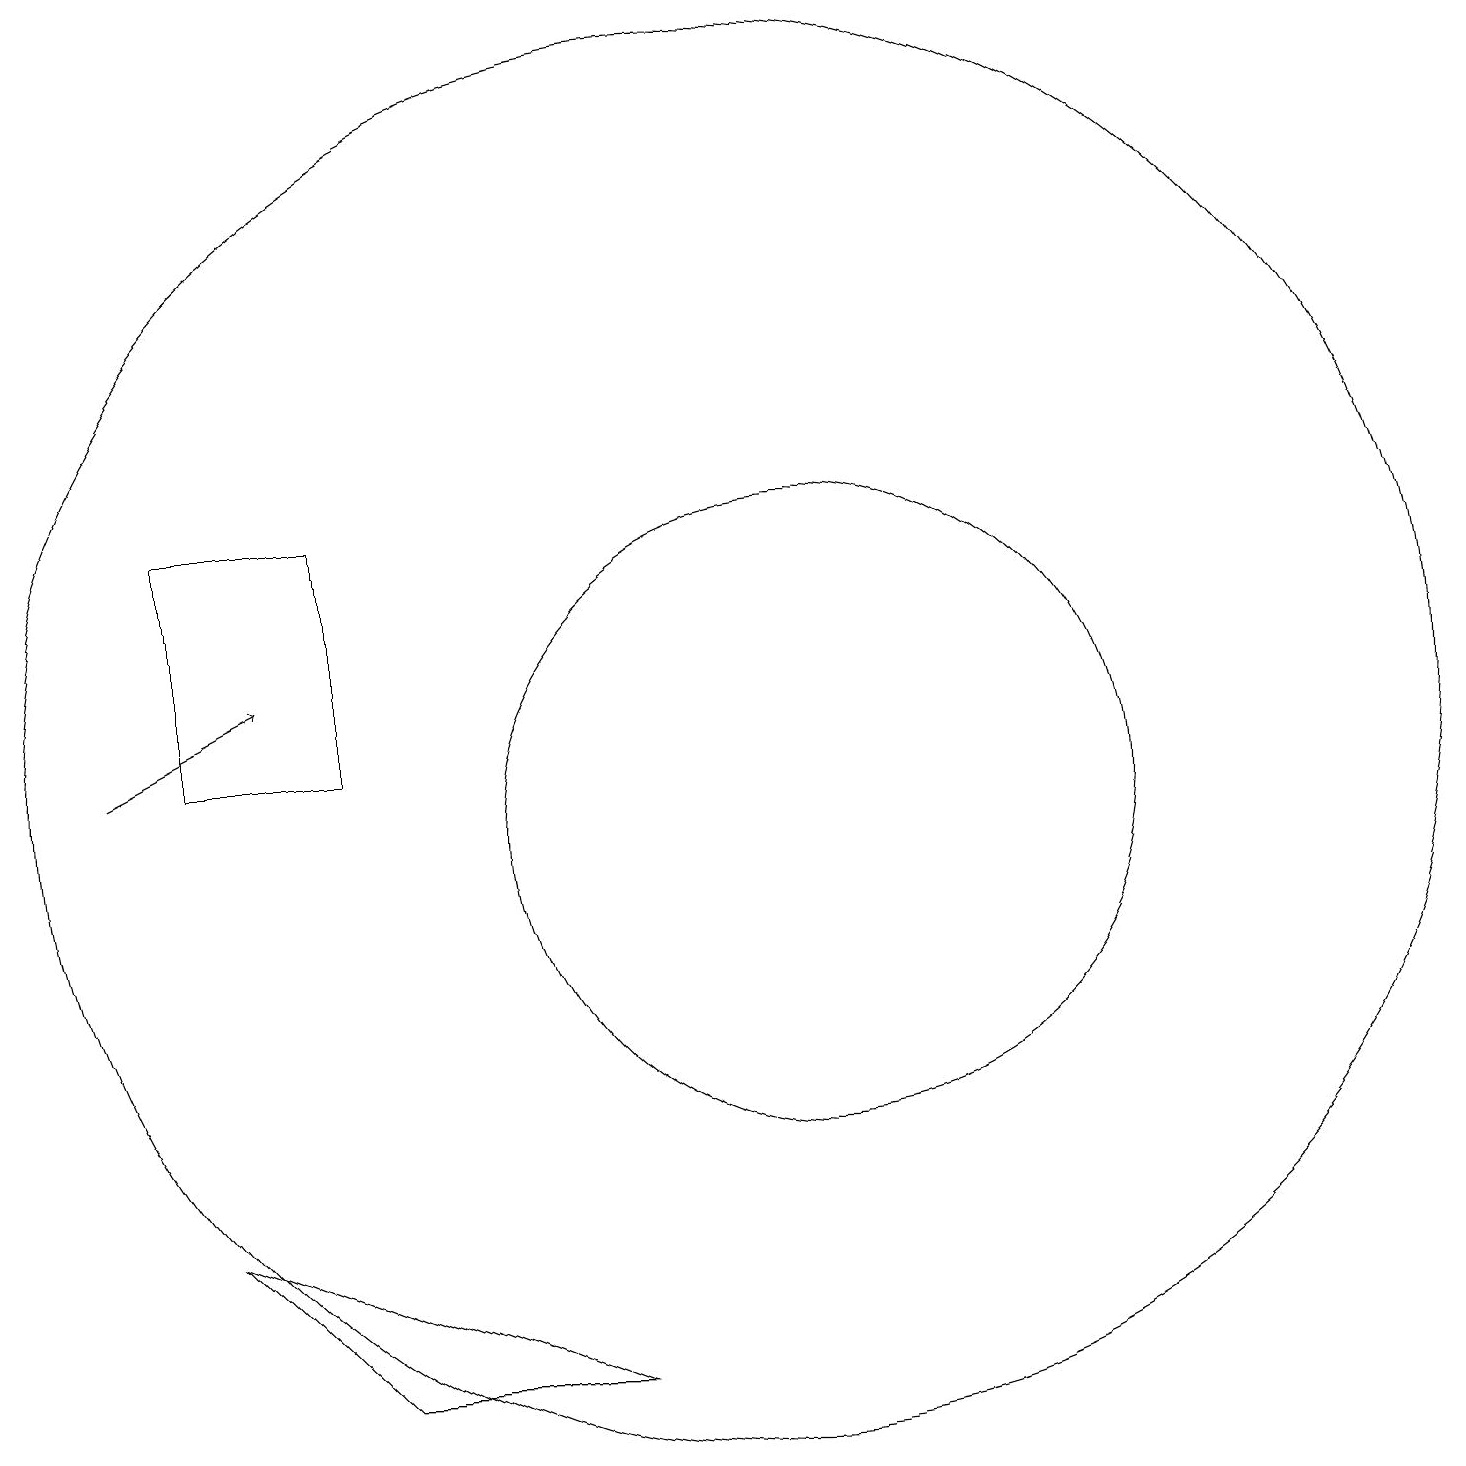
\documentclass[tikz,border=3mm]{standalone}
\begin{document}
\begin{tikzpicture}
\draw[->] (3,11) -- (5,12);
\draw (6,3) -- (4,5) -- (9,3) -- cycle;
\draw (11,11) circle (9);
\draw (6,14) rectangle (4,11);
\draw (12,10) circle (4);
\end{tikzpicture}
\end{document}